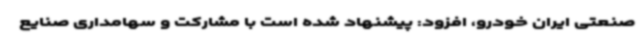
صنعتی ایران خودرو، افزود: پیشنهاد شده است با مشارکت و سهامداری صنایع